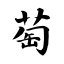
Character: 萄